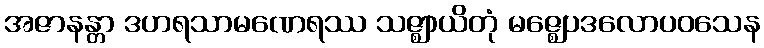
အဇာနန္တာ ဒဟရသာမဏေရဿ သဇ္ဈာယိတုံ မဇ္ဈေပဒလောပဝသေန